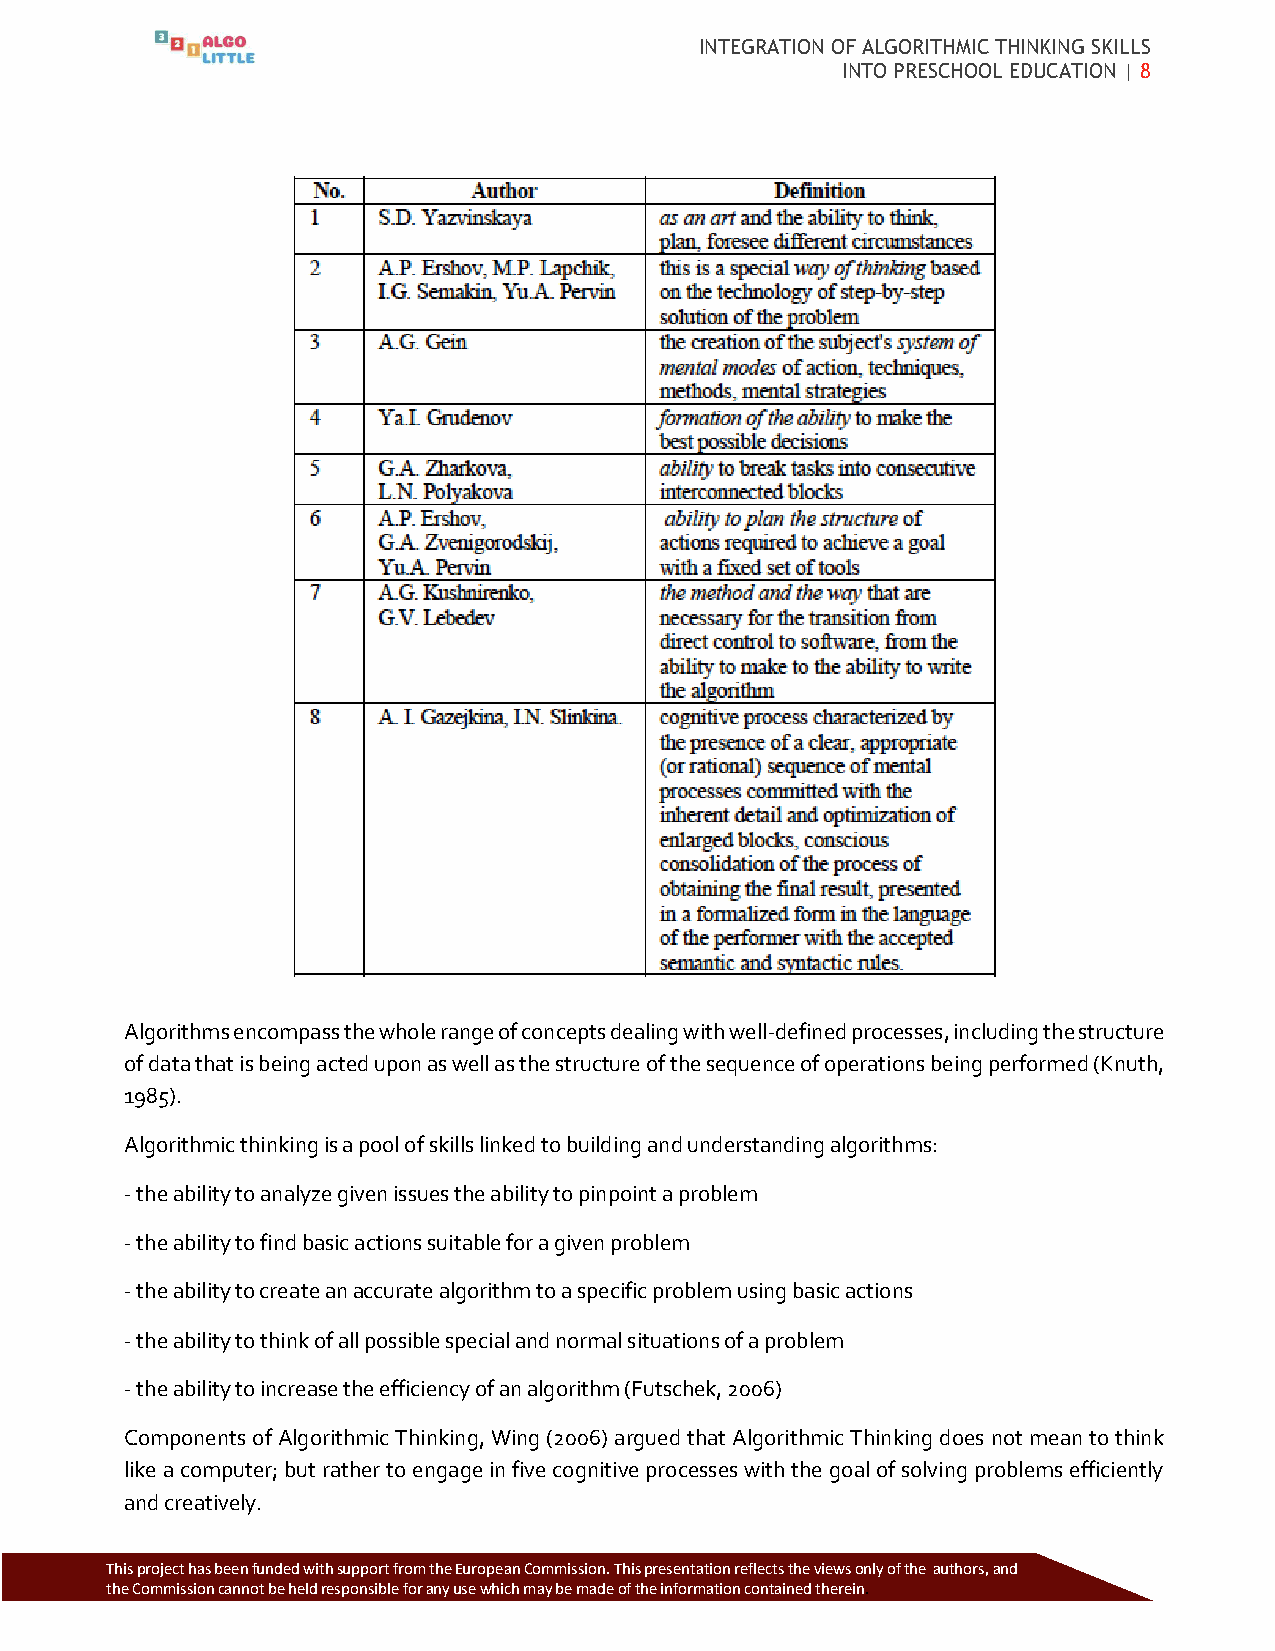
INTEGRATION OF ALGORITHMIC THINKING SKILLS
 INTO PRESCHOOL EDUCATION | 8
 Algorithms encompass the whole range of concepts dealing with well-defined processes, including the structure
 of data that is being acted upon as well as the structure of the sequence of operations being performed (Knuth,
 1985).
 Algorithmic thinking is a pool of skills linked to building and understanding algorithms:
 - the ability to analyze given issues the ability to pinpoint a problem
 - the ability to find basic actions suitable for a given problem
 - the ability to create an accurate algorithm to a specific problem using basic actions
 - the ability to think of all possible special and normal situations of a problem
 - the ability to increase the efficiency of an algorithm (Futschek, 2006)
 Components of Algorithmic Thinking, Wing (2006) argued that Algorithmic Thinking does not mean to think
 like a computer; but rather to engage in five cognitive processes with the goal of solving problems efficiently
 and creatively.
 Thi s project has been funded with support from the European Commission. This p resentation reflects the views only of the authors, and
 the Commission cannot be held responsible for any use which may be made of the information contained therein.